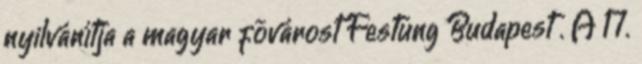
nyilvánítja a magyar fõvárost Festung Budapest . A 17.